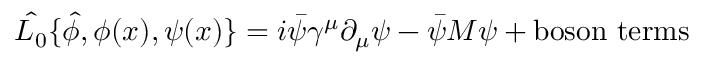
\hat { { \cal L } _ { 0 } } \{ \hat { \phi } , \phi ( x ) , \psi ( x ) \} = i \bar { \psi } \gamma ^ { \mu } \partial _ { \mu } \psi - \bar { \psi } M \psi + \mathrm { b o s o n ~ t e r m s }